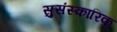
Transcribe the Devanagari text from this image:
सुसंस्कारिक